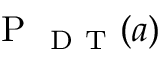
\mathrm { ~ P ~ } _ { \mathrm { ~ D ~ T ~ } } ( a )